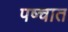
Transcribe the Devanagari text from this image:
पष्चात